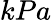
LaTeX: kPa